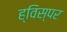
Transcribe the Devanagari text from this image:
ह्विस्पर